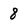
Character: 8